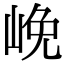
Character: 𡷭